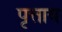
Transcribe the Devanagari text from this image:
पृत्ताय